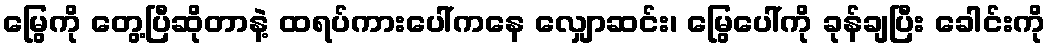
မြွေကို တွေ့ပြီဆိုတာနဲ့ ထရပ်ကားပေါ်ကနေ လျှောဆင်း၊ မြွေပေါ်ကို ခုန်ချပြီး ခေါင်းကို